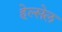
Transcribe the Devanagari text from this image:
हेल्सेल